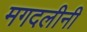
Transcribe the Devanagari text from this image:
मगदलीनी